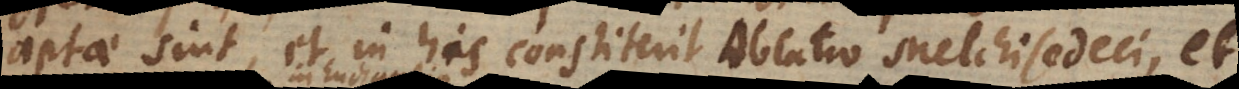
aptae sint, et in his constiterit Oblatio Melchisedeci, et